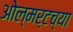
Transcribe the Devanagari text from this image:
ओल्मर्टच्या